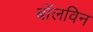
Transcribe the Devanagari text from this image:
बॉलविन